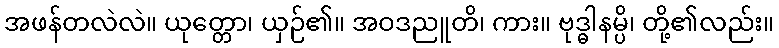
အဖန်တလဲလဲ။ ယုတ္တော၊ ယှဉ်၏။ အဝဒညူတိ၊ ကား။ ဗုဒ္ဓါနမ္ပိ၊ တို့၏လည်း။